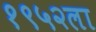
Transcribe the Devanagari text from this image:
१९५२ला